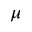
\mu